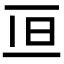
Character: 𠀥